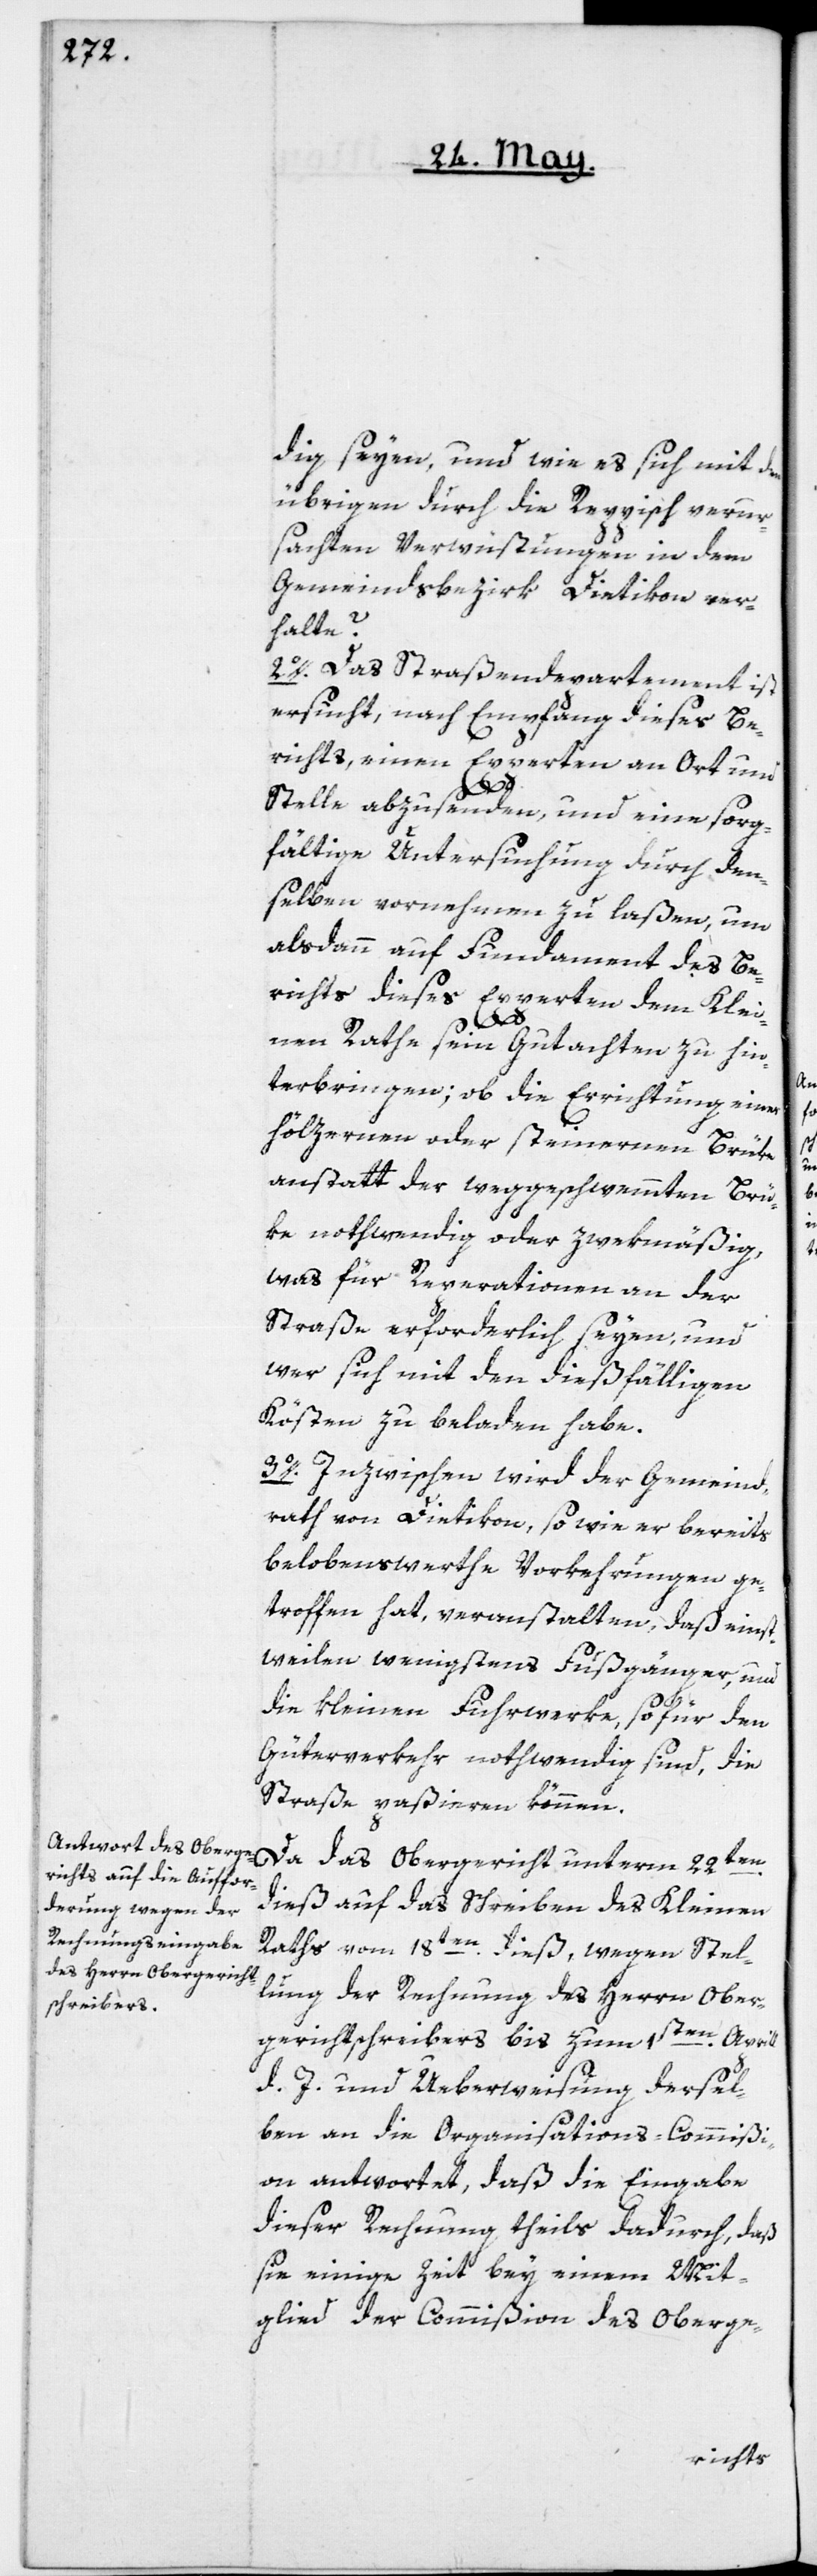
dig seyen, und wie es sich mit den
übrigen, durch die Reppisch verur¬
sachten Verwüstungen in dem
Gemeindsbezirk Dietikon ver¬
halte?
2o. Das Straßendepartement ist
ersucht, nach Empfang dieses Be¬
richts, einen Experten an Ort und
Stelle abzusenden, und eine sorg¬
fältige Untersuchung durch den¬
selben vornehmen zu laßen, um
alsdann auf Fundament des Be¬
richts dieses Experten dem Klei¬
nen Rathe sein Gutachten zu hin¬
terbringen; ob die Errichtung einer
hölzernen oder steinernen Brüke
anstatt der weggeschwemmten Brü¬
ke nothwendig oder zwekmäßig,
was für Reparationen an der
Straße erforderlich seyen, und
wer sich mit den dießfälligen
Kösten zu beladen habe.
3o. Inzwischen wird der Gemeind¬
rath von Dietikon, so wie er bereits
belobenswerthe Vorkehrungen ge¬
troffen hat, veranstalten, daß einst¬
weilen wenigstens Fußgänger, und
die kleinen Fuhrwerke, so für den
Güterverkehr nothwendig sind, die
Straße paßieren können.
Da das Obergericht unterm 22ten
dieß auf das Schreiben des Kleinen
Raths vom 18ten dieß, wegen Stel¬
lung der Rechnung des Herrn Ober¬
gerichtschreibers bis zum 1sten Aprill
d. J. und Ueberweisung dersel¬
ben an die Organisations-Commißi¬
on antwortet, daß die Eingabe
dieser Rechnung theils dadurch, daß
sie einige Zeit bey einem Mit¬
glied der Commißion des Oberge-